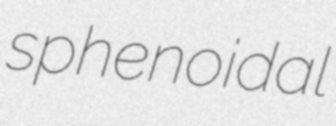
sphenoidal